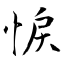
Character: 悷